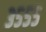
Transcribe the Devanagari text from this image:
३५५५